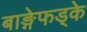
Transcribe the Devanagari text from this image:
बाङ्गेफड्के